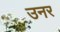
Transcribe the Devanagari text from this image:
उनर